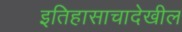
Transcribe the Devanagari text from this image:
इतिहासाचादेखील